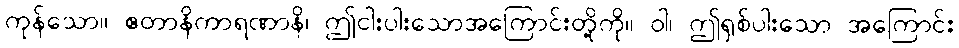
ကုန်သော။ ဧတာနိကာရဏာနိ၊ ဤငါးပါးသောအကြောင်းတို့ကို။ ဝါ၊ ဤရှစ်ပါးသော အကြောင်း